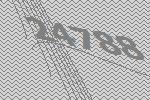
24788